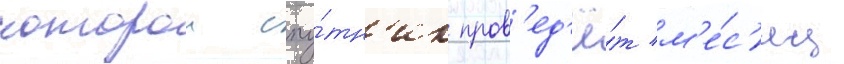
которои спу́тн'ик пров'ед'ё́т м'е́с'яц